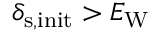
\delta _ { \mathrm { s , i n i t } } > E _ { \mathrm { W } }